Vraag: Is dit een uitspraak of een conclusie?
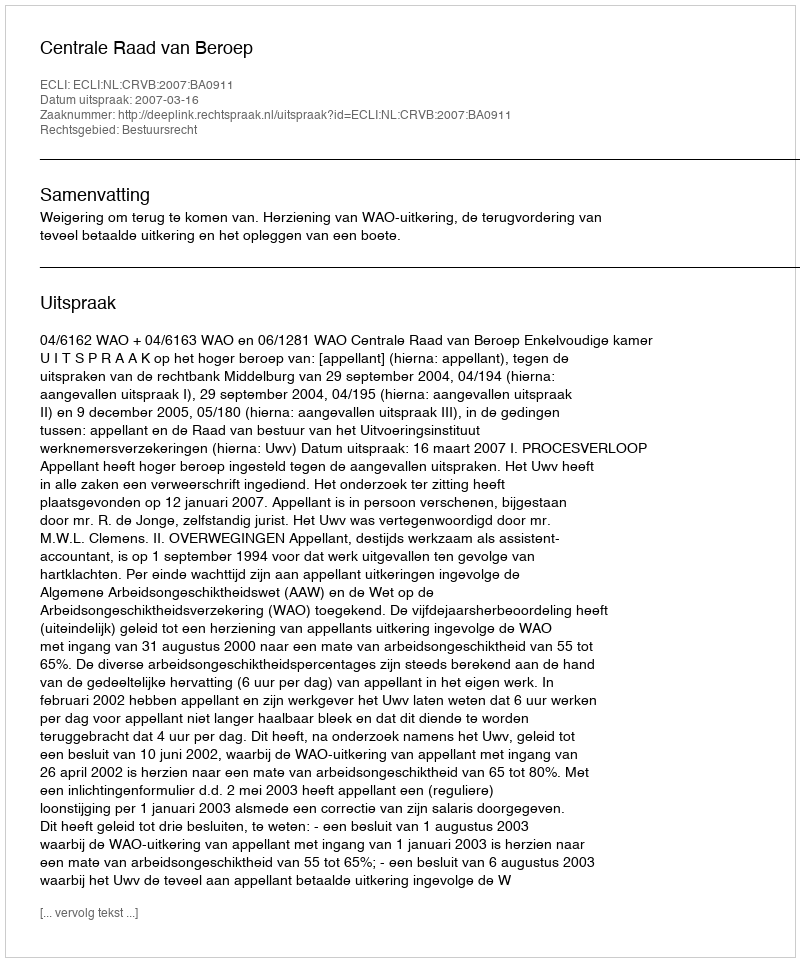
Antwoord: Uitspraak